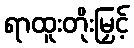
ရာထူးတိုးမြှင့်